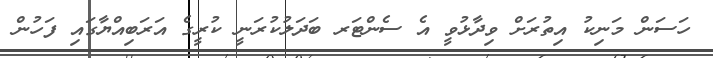
ހަސަން މަނިކު އިތުރަށް ވިދާޅުވީ އެ ސެންޓަރ ބަދަލުކުރަނީ ކުރީގެ އަރަބިއްޔާގައި ފަހުން